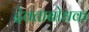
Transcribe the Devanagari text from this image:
देवताबोधक